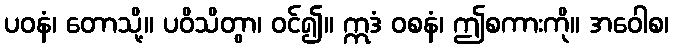
ပဝနံ၊ တောသို့။ ပဝိသိတွာ၊ ဝင်၍။ ဣဒံ ဝစနံ၊ ဤစကားကို။ အဝေါစ၊